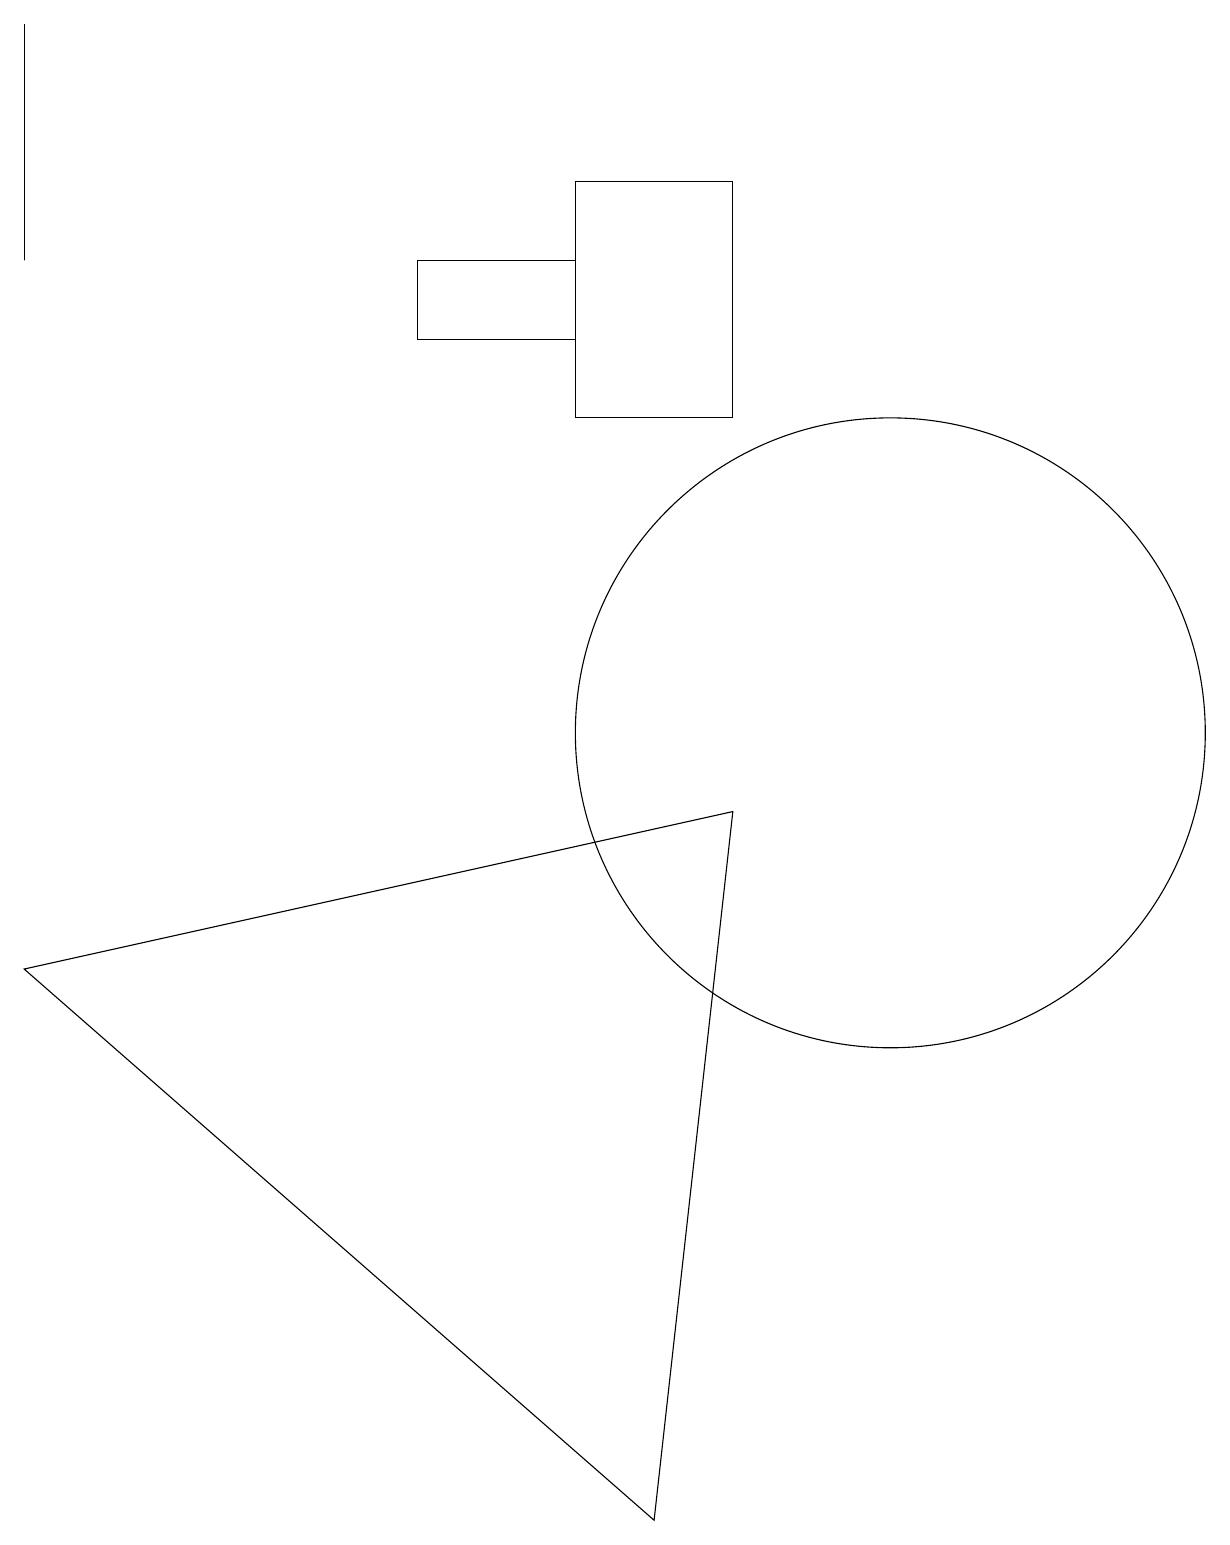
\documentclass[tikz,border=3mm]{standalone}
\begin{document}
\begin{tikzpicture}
\draw (11,10) circle (4);
\draw (0,7) -- (9,9) -- (8,0) -- cycle;
\draw (7,16) rectangle (5,15);
\draw (0,19) rectangle (0,16);
\draw (9,17) rectangle (7,14);
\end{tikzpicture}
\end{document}